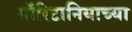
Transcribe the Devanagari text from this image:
मॉरिटानियाच्या